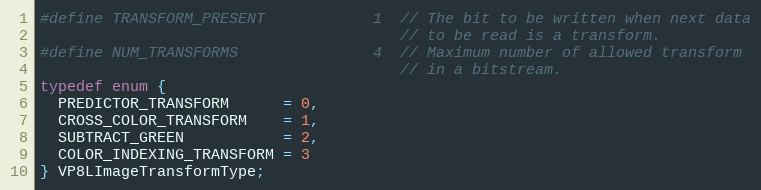
Language: C
#define TRANSFORM_PRESENT            1  // The bit to be written when next data
                                        // to be read is a transform.
#define NUM_TRANSFORMS               4  // Maximum number of allowed transform
                                        // in a bitstream.
typedef enum {
  PREDICTOR_TRANSFORM      = 0,
  CROSS_COLOR_TRANSFORM    = 1,
  SUBTRACT_GREEN           = 2,
  COLOR_INDEXING_TRANSFORM = 3
} VP8LImageTransformType;